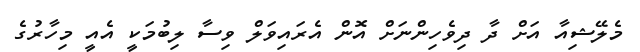
މެލޭޝިއާ އަށް ދާ ދިވެހިންނަށް އޮން އެރައިވަލް ވިސާ ލިބުމަކީ އެއީ މިހާރުގެ